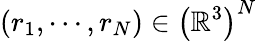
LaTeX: \left(r_{1},\cdots,r_{N}\right)\in\left(\mathbb{R}^{3}\right)^{N}